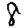
Digit: 8